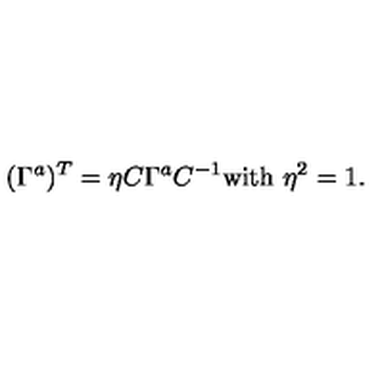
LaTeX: ( \Gamma ^ { a } ) ^ { T } = \eta C \Gamma ^ { a } C ^ { - 1 } \mathrm { w i t h } \ \eta ^ { 2 } = 1 .